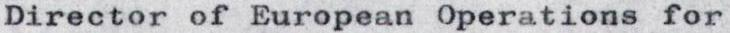
Director of European Operations for